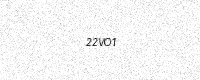
Text: 22VO1